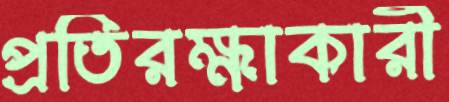
প্রতিরক্ষাকারী